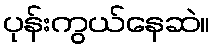
ပုန်းကွယ်နေဆဲ။